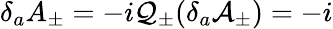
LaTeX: \delta_{a}A_{\pm}=-i\mathcal{Q}_{\pm}(\delta_{a}\mathcal{A}_{\pm})=-i